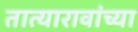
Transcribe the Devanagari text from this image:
तात्यारावांच्या